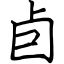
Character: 卣